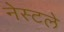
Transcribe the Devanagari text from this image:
नेस्टले